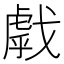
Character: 𢧶